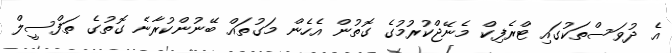
އެ ދުވަސްތަކުގައި ޓްރެފިކް މެނޭޖްކުރުމުގެ ގޮތުން އެހެން މަގުތައް ބޭނުންކުރާނެ ގޮތުގެ ތަފްސީލް